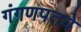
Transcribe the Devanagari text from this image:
गंगणपतये